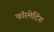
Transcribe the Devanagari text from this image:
फॉरमेटिंग